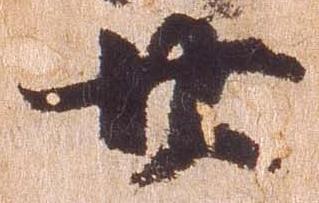
廿